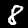
Digit: 8